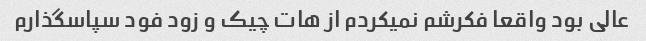
عالی بود واقعا فکرشم نمیکردم از هات چیک و زود فود سپاسگذارم